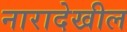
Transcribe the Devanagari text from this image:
नारादेखील